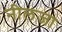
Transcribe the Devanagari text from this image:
नीलजा